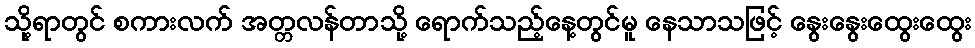
သို့ရာတွင် စကားလက် အတ္တလန်တာသို့ ရောက်သည့်နေ့တွင်မူ နေသာသဖြင့် နွေးနွေးထွေးထွေး